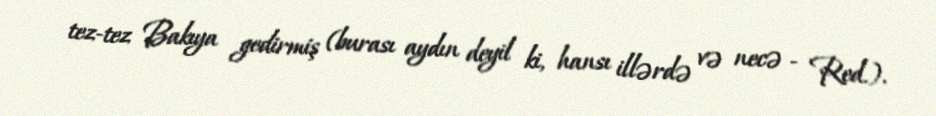
tez-tez Bakıya gedirmiş (burası aydın deyil ki, hansı illərdə və necə - Red.).